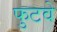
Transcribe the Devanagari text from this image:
फुटवे